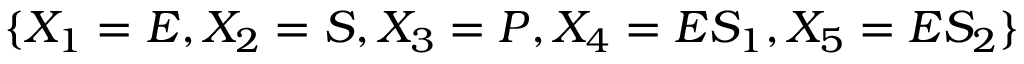
\{ X _ { 1 } = E , X _ { 2 } = S , X _ { 3 } = P , X _ { 4 } = E S _ { 1 } , X _ { 5 } = E S _ { 2 } \}